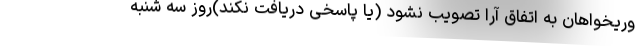
وریخواهان به اتفاق آرا تصویب نشود (یا پاسخی دریافت نکند)روز سه شنبه